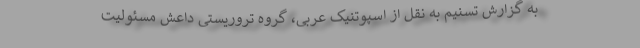
به گزارش تسنیم به نقل از اسپوتنیک عربی، گروه تروریستی داعش مسئولیت